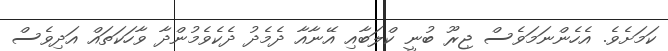
ކަމަށެވެ. އެހެންނަމަވެސް ޖިރޫ ބުނީ ކްލަބާއި އޭނާއާ ދެމެދު ދެކެވެމުންދާ ވާހަކަތައް އަދިވެސް